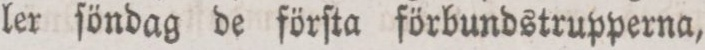
ler ſöndag de förſta förbundstrupperna,